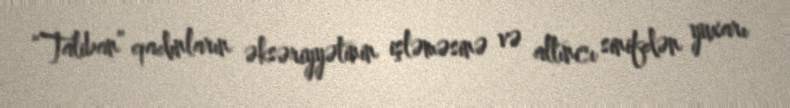
“Taliban” qadınların əksəriyyətinin işləməsinə və altıncı sinifdən yuxarı